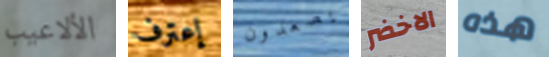
الألاعيب إعترف يصعدون الاخضر هذه